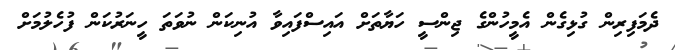
ދެމަފިރިން ގުޅިގެން އެމީހުންގެ ޖިންސީ ހަޔާތަށް އައިސްފައިވާ އުނިކަން ނުވަތަ ހީނަރުކަން ފުހެލުމަށް